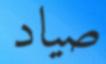
صياد